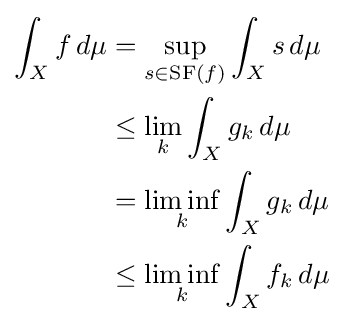
{\begin{aligned}\int _{X}f\,d\mu &=\sup _{s\in \operatorname {SF} (f)}\int _{X}s\,d\mu \\&\leq \lim _{k}\int _{X}g_{k}\,d\mu \\&=\liminf _{k}\int _{X}g_{k}\,d\mu \\&\leq \liminf _{k}\int _{X}f_{k}\,d\mu \end{aligned}}